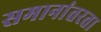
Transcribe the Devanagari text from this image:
समानांतरता